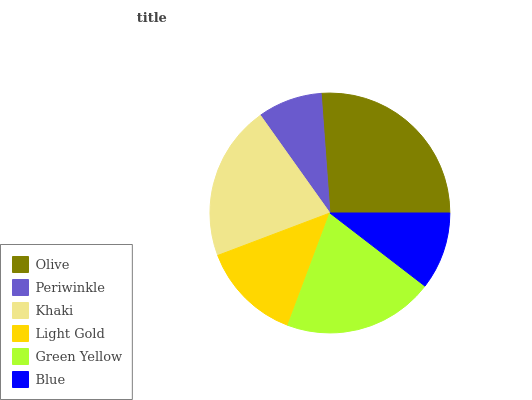
| Olive | Periwinkle | Khaki | Light Gold | Green Yellow | Blue |
 | --- | --- | --- | --- | --- | --- |
 | 26.1% | 8.7% | 20.9% | 13.6% | 20.2% | 10.5% |